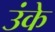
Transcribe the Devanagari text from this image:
उंके